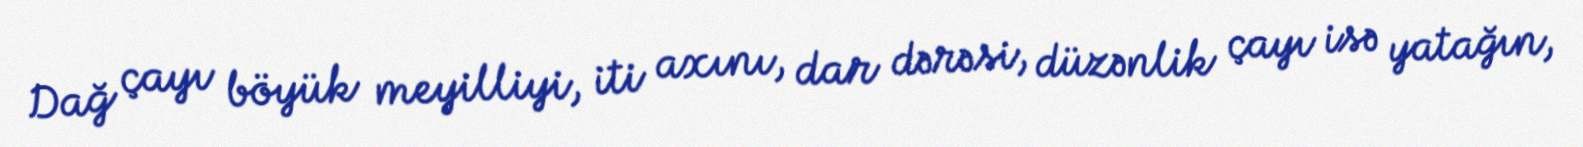
Dağ çayı böyük meyilliyi, iti axını, dar dərəsi, düzənlik çayı isə yatağın,